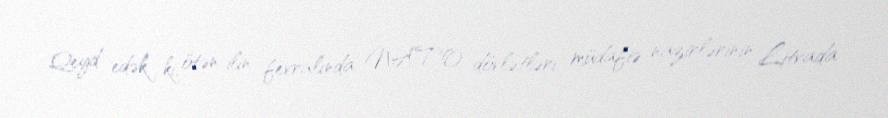
Qeyd edək ki, ötən ilin fevralında NATO dövlətləri müdafiə nazirlərinin Litvada